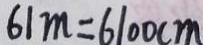
6 1 m = 6 1 0 0 c m